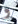
و